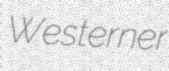
Westerner